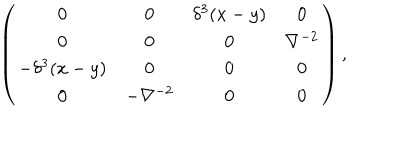
\left( \begin{array} { c c c c } { { 0 } } & { { 0 } } & { { \delta ^ { 3 } ( x - y ) } } & { { 0 } } \\ { { 0 } } & { { 0 } } & { { 0 } } & { { \nabla ^ { - 2 } } } \\ { { - \delta ^ { 3 } ( x - y ) } } & { { 0 } } & { { 0 } } & { { 0 } } \\ { { 0 } } & { { - \nabla ^ { - 2 } } } & { { 0 } } & { { 0 } } \\ \end{array} \right) ,